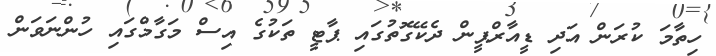
ހިތާމަ ކުރަން އަދި ޑީއާރްޕީން ދެކޭގޮތުގައި ޕާޓީ ތަކުގެ އިސް މަގާމްގައި ހުންނަވަން